342_HS1-416511228_319.1 Flying Discs 1949
Agency: Department of War
Incident date: 1/9/50
Page 77
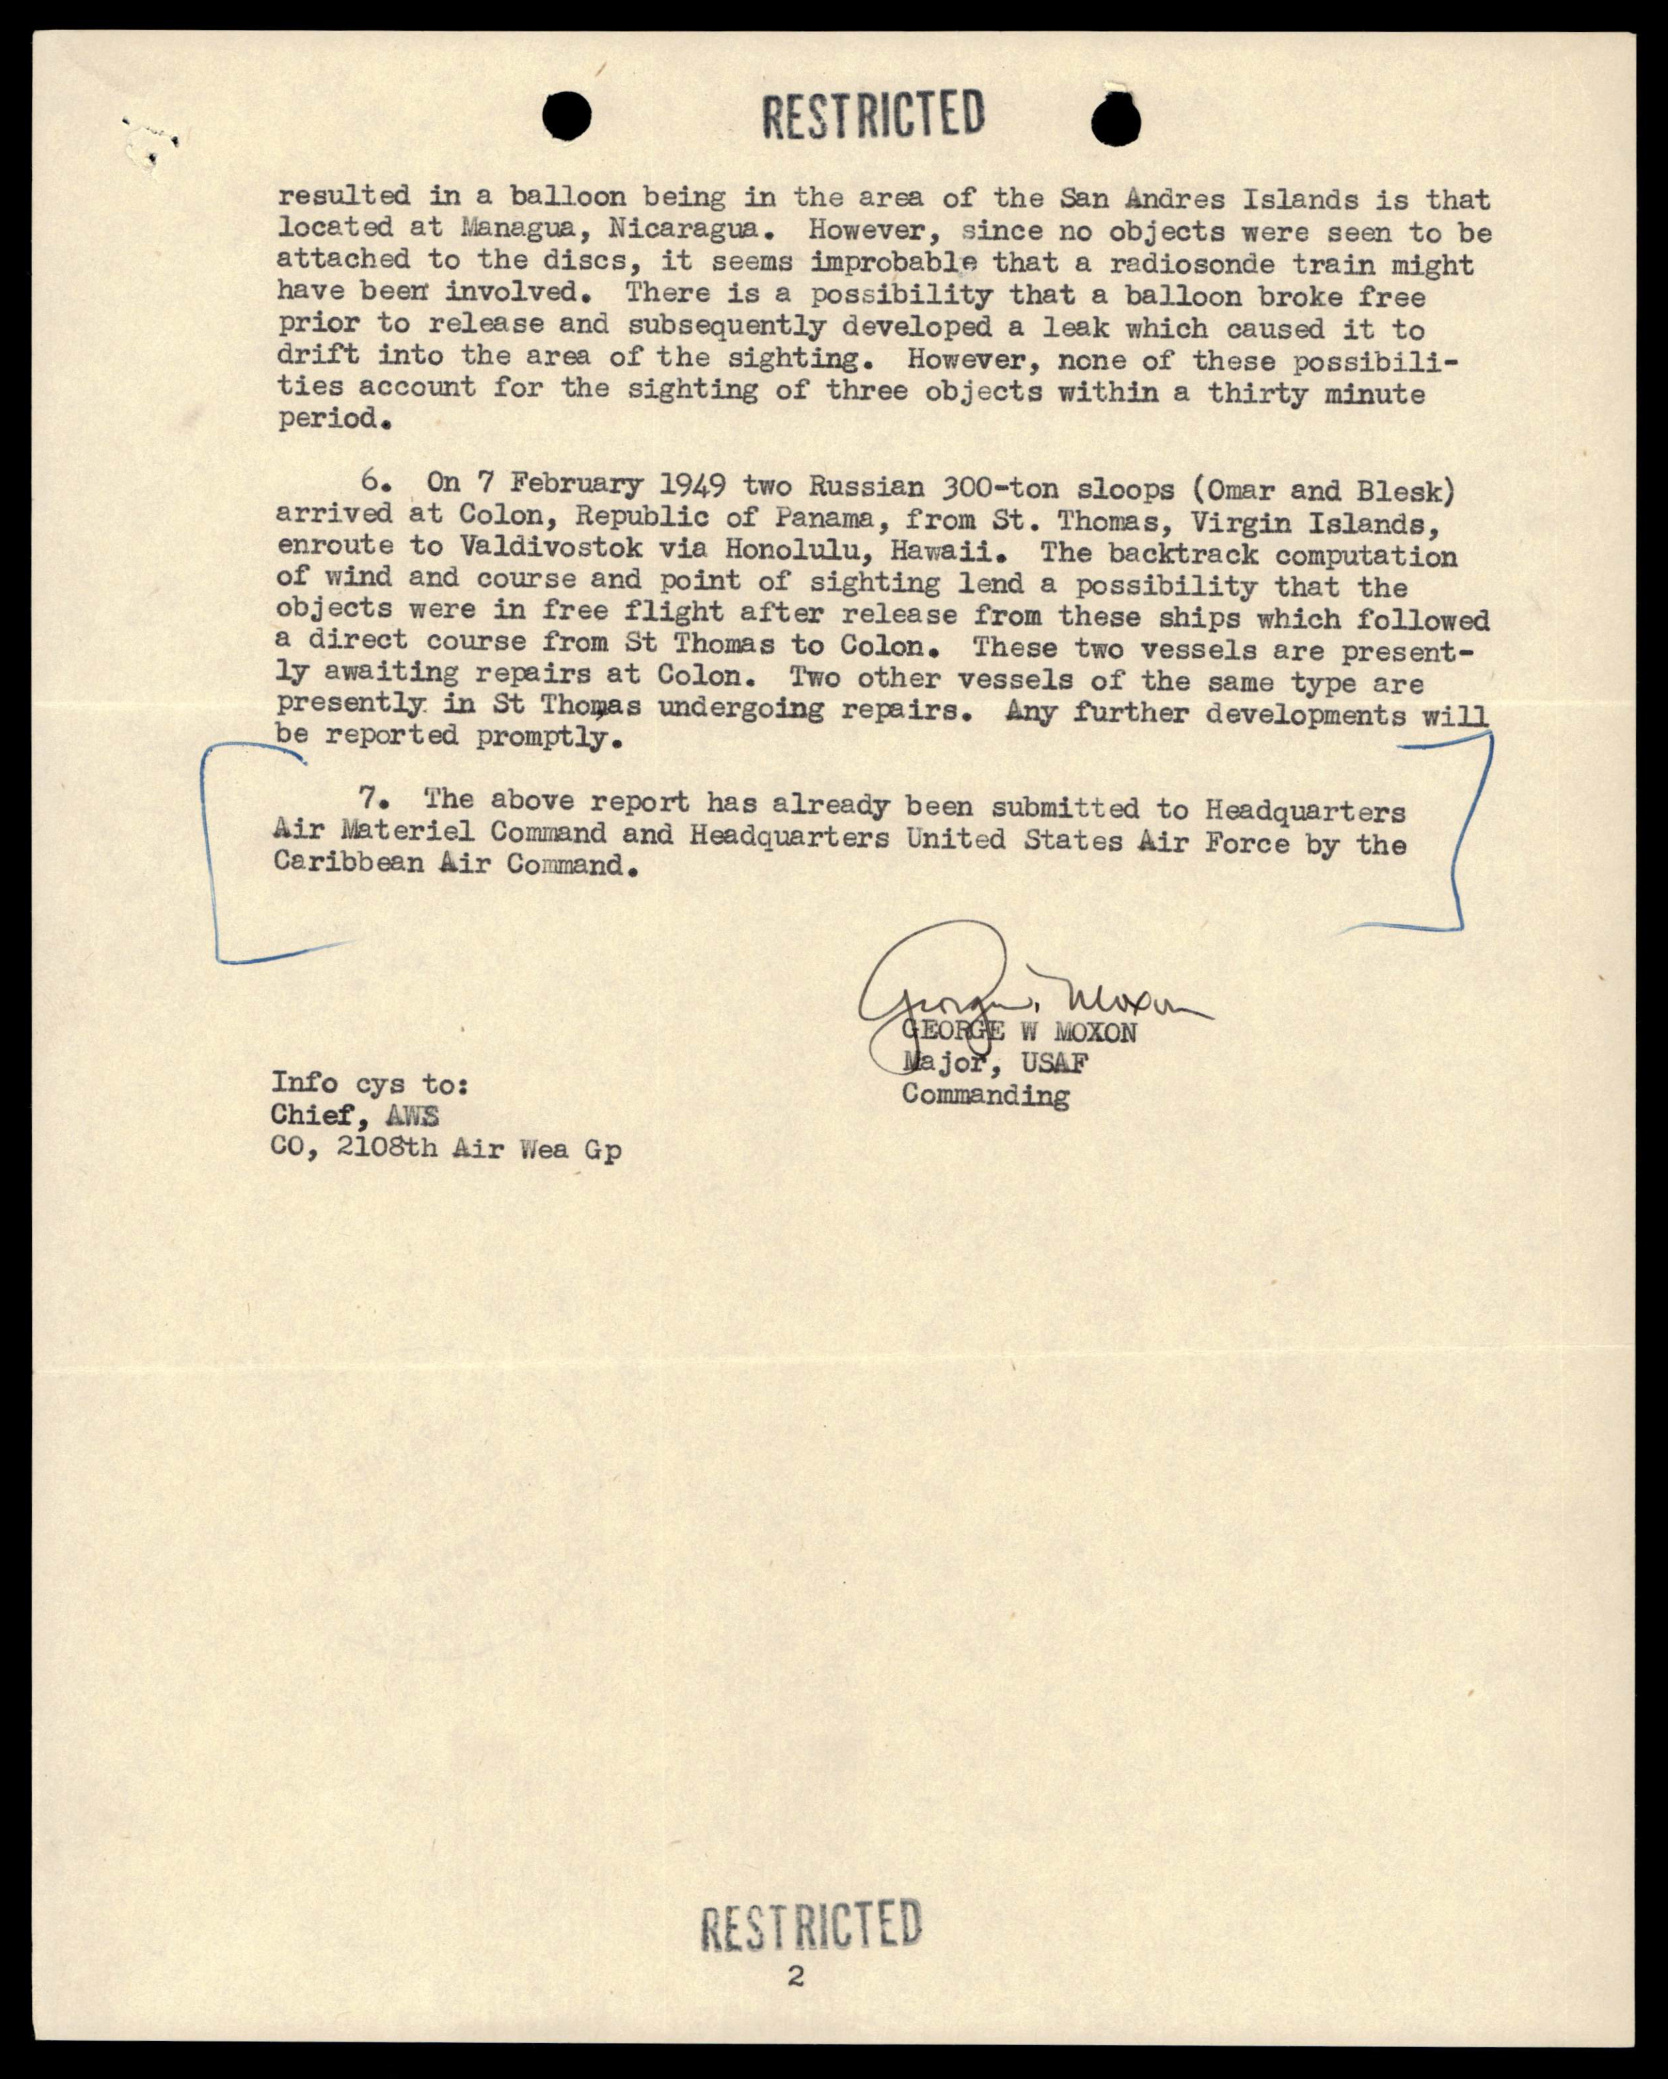